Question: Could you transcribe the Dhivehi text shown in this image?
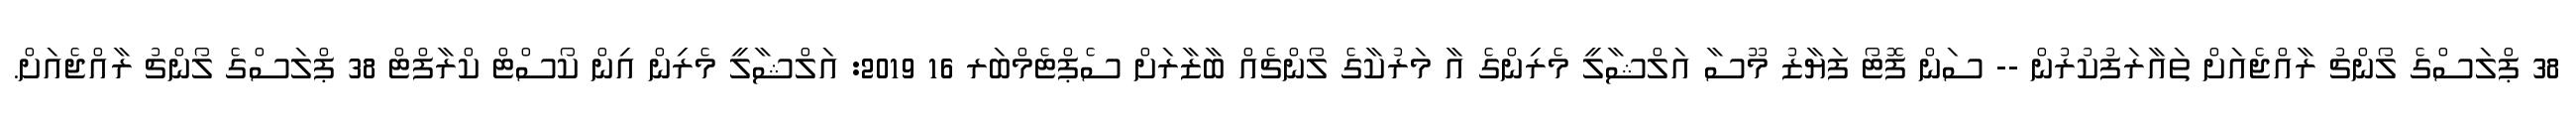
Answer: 38 ޕްލަސްގެ ލޯންޗު ރާއްޖެއަށް ތައާރަފުކުރުން -- ސަން ފޮޓޯ ފަޔާޒު މޫސާ އަލްޝާލީ މެރިންގެ އާ މަރުކާގެ ލޯންޗެއް ބާޒާރަށް ސެޕްޓެމްބަރ 16 2019: އަލްޝާލީ މެރިން އިން ކޯސްޓް ކްރާފްޓް 38 ޕްލަސްގެ ލޯންޗު ރާއްޖެއަށް.